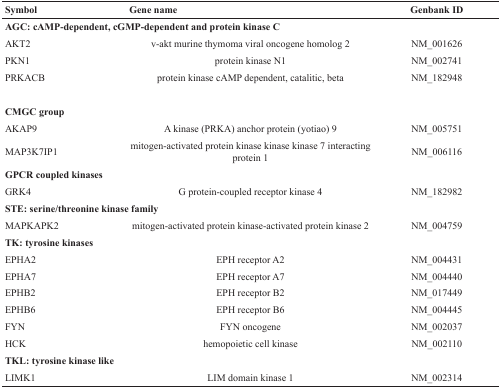
| Symbol | Gene name | Genbank ID |
 | --- | --- | --- |
 | <COLSPAN=3> AGC: cAMP-dependent, cGMP-dependent and protein kinase C |
 | AKT2 | v-akt murine thymoma viral oncogene homolog 2 | NM_001626 |
 | PKN1 | protein kinase N1 | NM_002741 |
 | PRKACB | protein kinase cAMP dependent, catalitic, beta | NM_182948 |
 | <COLSPAN=3> CMGC group |
 | AKAP9 | A kinase (PRKA) anchor protein (yotiao) 9 | NM_005751 |
 | MAP3K7IP1 | mitogen-activated protein kinase kinase kinase 7 interacting protein 1 | NM_006116 |
 | <COLSPAN=3> GPCR coupled kinases |
 | GRK4 | G protein-coupled receptor kinase 4 | NM_182982 |
 | <COLSPAN=3> STE: serine/threonine kinase family |
 | MAPKAPK2 | mitogen-activated protein kinase-activated protein kinase 2 | NM_004759 |
 | <COLSPAN=3> TK: tyrosine kinases |
 | EPHA2 | EPH receptor A2 | NM_004431 |
 | EPHA7 | EPH receptor A7 | NM_004440 |
 | EPHB2 | EPH receptor B2 | NM_017449 |
 | EPHB6 | EPH receptor B6 | NM_004445 |
 | FYN | FYN oncogene | NM_002037 |
 | HCK | hemopoietic cell kinase | NM_002110 |
 | <COLSPAN=3> TKL: tyrosine kinase like |
 | LIMK1 | LIM domain kinase 1 | NM_002314 |